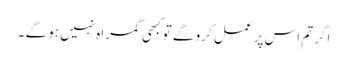
اگر تم اس پر عمل کرو گے تو کبھی گمراہ نہیں ہو گے ۔